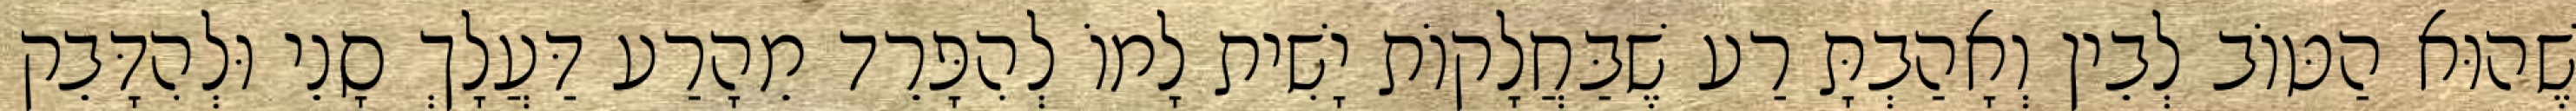
שֶׁהוּא הַטּוֹב לְבֵין וְאָהַבְתָּ רַע שֶׁבַּחֲלָקוֹת יָשִׁית לָמוֹ לְהִפָּרֵד מֵהָרַע דַּעֲלָךְ סָנֵי וּלְהִדָּבֵק